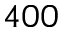
4 0 0